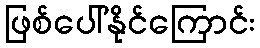
ဖြစ်ပေါ်နိုင်ကြောင်း